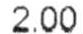
2.00